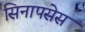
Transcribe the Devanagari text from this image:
सिनापसेस